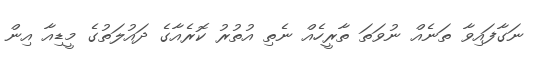
ނަގާފައިވާ ތަނެއް ނުވަތަ ތާރީހެއް ނެތި އުތުރު ކޮރެއާގެ ދައުލަތުގެ މީޑިއާ އިން